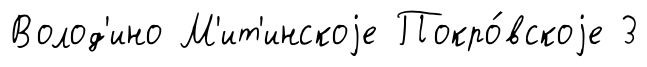
Волод'ино М'ит'инскоjе Покро́вскоjе 3